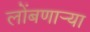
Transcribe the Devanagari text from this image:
लोंबणार्‍या